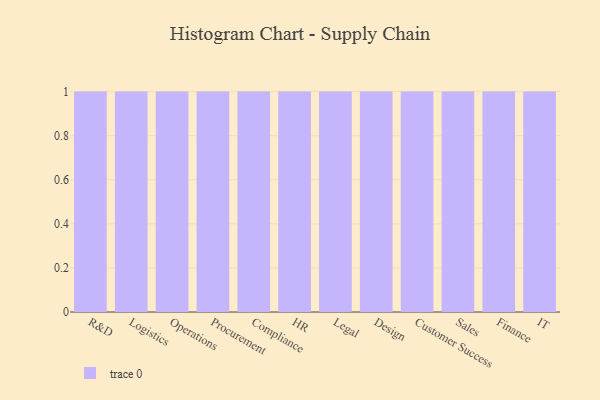
{"axis": {"x": "Department", "y": "Gross Profit (USD K)"}, "legend": [""], "data": [{"x": "R&D", "y": 23, "type": ""}, {"x": "Logistics", "y": 35, "type": ""}, {"x": "Operations", "y": 8, "type": ""}, {"x": "Procurement", "y": 57, "type": ""}, {"x": "Compliance", "y": 97, "type": ""}, {"x": "HR", "y": 6, "type": ""}, {"x": "Legal", "y": 23, "type": ""}, {"x": "Design", "y": 68, "type": ""}, {"x": "Customer Success", "y": 92, "type": ""}, {"x": "Sales", "y": 75, "type": ""}, {"x": "Finance", "y": 61, "type": ""}, {"x": "IT", "y": 73, "type": ""}]}